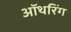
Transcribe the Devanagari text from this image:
ऑथरिंग